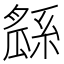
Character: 𤬖